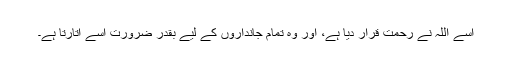
اسے اللہ نے رحمت قرار دیا ہے، اور وہ تمام جانداروں کے لیے بقدر ضرورت اسے اتارتا ہے۔